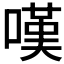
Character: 嘆